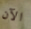
الآن